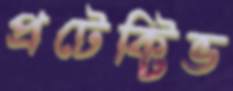
প্রটেক্টিভ